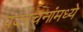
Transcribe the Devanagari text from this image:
पदरचनांमध्ये